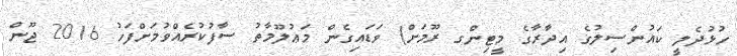
ހުޅުދެލީ ކައުންސިލުގެ އިދާރާގެ މީޓިންގ ރޫމަށް) ވަޑައިގެން މަޢުލޫމާތު ސާފުކުރެއްވުމަށްފަހު 2016 ޖޫން